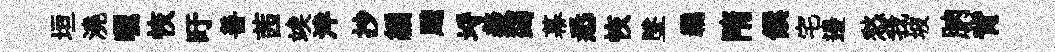
垣澆曬恢旴善茜竢泮抄編颼埓羨蠲幕悉恢墜覊隋饌宅邊愁我坡朒背